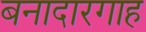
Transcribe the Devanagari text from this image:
बनादारगाह